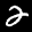
Label: 2